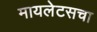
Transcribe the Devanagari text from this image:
मायलेटसचा